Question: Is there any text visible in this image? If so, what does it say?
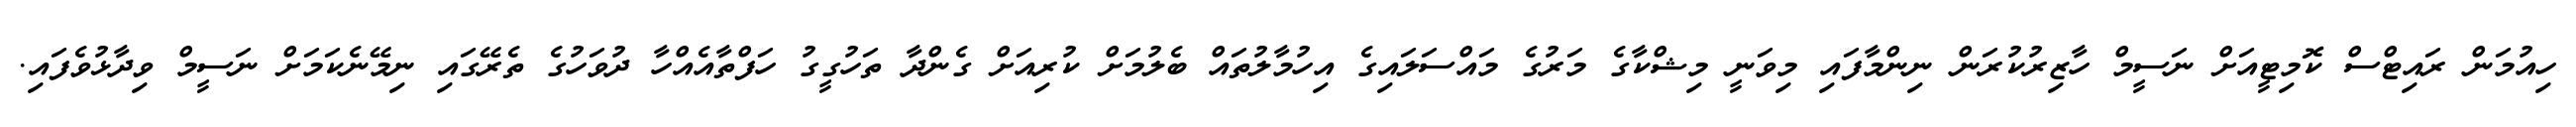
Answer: ހިއުމަން ރައިޓްސް ކޮމިޓީއަށް ނަސީމް ހާޒިރުކުރަން ނިންމާފައި މިވަނީ މިޝްކާގެ މަރުގެ މައްސަލައިގެ އިހުމާލުތައް ބެލުމަށް ކުރިއަށް ގެންދާ ތަހުގީގު ހަފްތާއެއްހާ ދުވަހުގެ ތެރޭގައި ނިމޭނެކަމަށް ނަސީމް ވިދާޅުވެފައި.